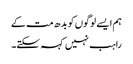
ہم ایسے لوگوں کو بدھ مت کے
راہب نہیں کہہ سکتے۔